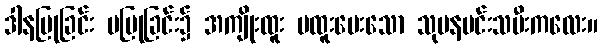
ဒါနပြုခြင်း မပြုခြင်း၌ အကျိုးထူး မထူးမေးသော သုမနမင်းသမီးကလေး။